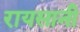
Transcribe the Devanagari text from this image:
रायसानी